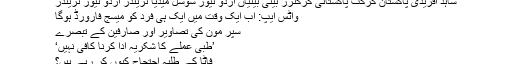
شاہد آفریدی پاکستان کرکٹ پاکستانی کرکٹرز بیٹی بیٹیاں اردو نیوز سوشل میڈیا ٹرینڈز اردو نیوز ٹرینڈز
واٹس ایپ: اب ایک وقت میں ایک ہی فرد کو میسج فارورڈ ہوگا
سپر مون کی تصاویر اور صارفین کے تبصرے
’طبی عملے کا شکریہ ادا کرنا کافی نہیں‘
فاٹا کے طلبہ احتجاج کیوں کر رہے ہیں؟